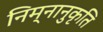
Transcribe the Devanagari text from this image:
निम्नानुकृति